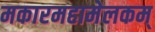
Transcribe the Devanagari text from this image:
मकारमहामेलकम्